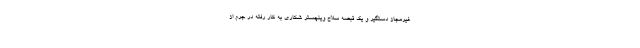
غیرمجاز دستگیر و یک قبضه سلاح وینچستر شکاری به کار رفته در جرم از